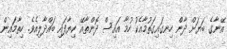
އޭނާގެ ބަޔަށް ދާން ހިނގައިގަތުމާއެކު ހުމާ އައިސް ދޮންތާއޭ ކިޔާފައި ބައްދާލިއެވެ. ހިތާމައިން